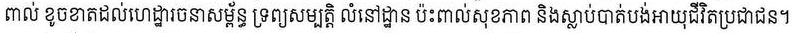
ពាល់ ខូចខាតដល់ហេដ្ឋារចនាសម្ព័ន្ធ ទ្រព្យសម្បត្តិ លំនៅដ្ឋាន ប៉ះពាល់សុខភាព និងស្លាប់បាត់បង់អាយុជីវិតប្រជាជន។